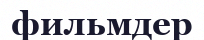
фильмдер